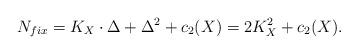
LaTeX: \begin{align*}N_{fix}=K_X\cdot \Delta +\Delta^2 +c_2(X)=2K_X^2+c_2(X).\end{align*}